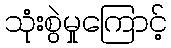
သုံးစွဲမှုကြောင့်